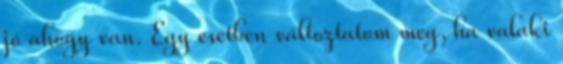
jó ahogy van. Egy esetben változtatom meg, ha valaki